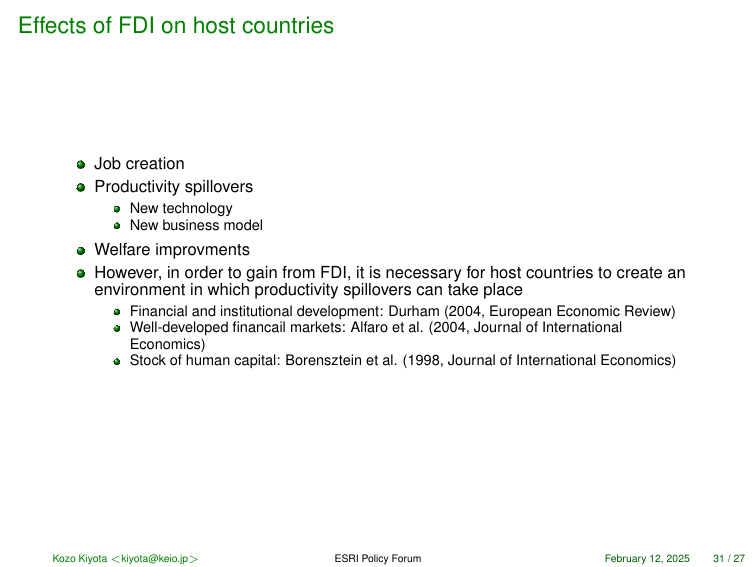
Effects of FDI on host countries

• Job creation
• Productivity spillovers
   • New technology
   • New business model
• Welfare improvements
• However, in order to gain from FDI, it is necessary for host countries to create an environment in which productivity spillovers can take place
   • Financial and institutional development: Durham (2004, European Economic Review)
   • Well-developed financail markets: Alfaro et al. (2004, Journal of International Economics)
   • Stock of human capital: Borensztein et al. (1998, Journal of International Economics)

Kozo Kiyota <kiyota@keio.jp> ESRI Policy Forum February 12, 2025 31 / 27